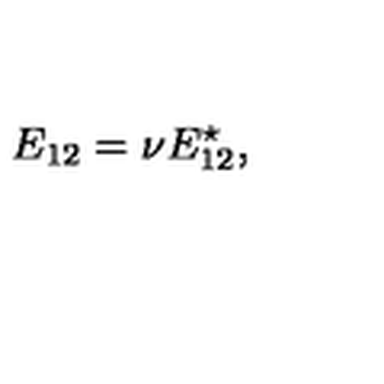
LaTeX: E _ { 1 2 } = \nu E _ { 1 2 } ^ { \star } ,